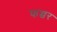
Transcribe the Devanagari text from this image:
फच्चर